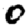
Digit: 0